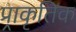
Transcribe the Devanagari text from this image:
प्र्राकृतिक